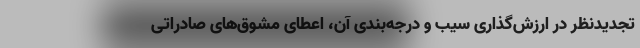
تجدیدنظر در ارزش‌گذاری سیب و درجه‌بندی آن، اعطای مشوق‌های صادراتی